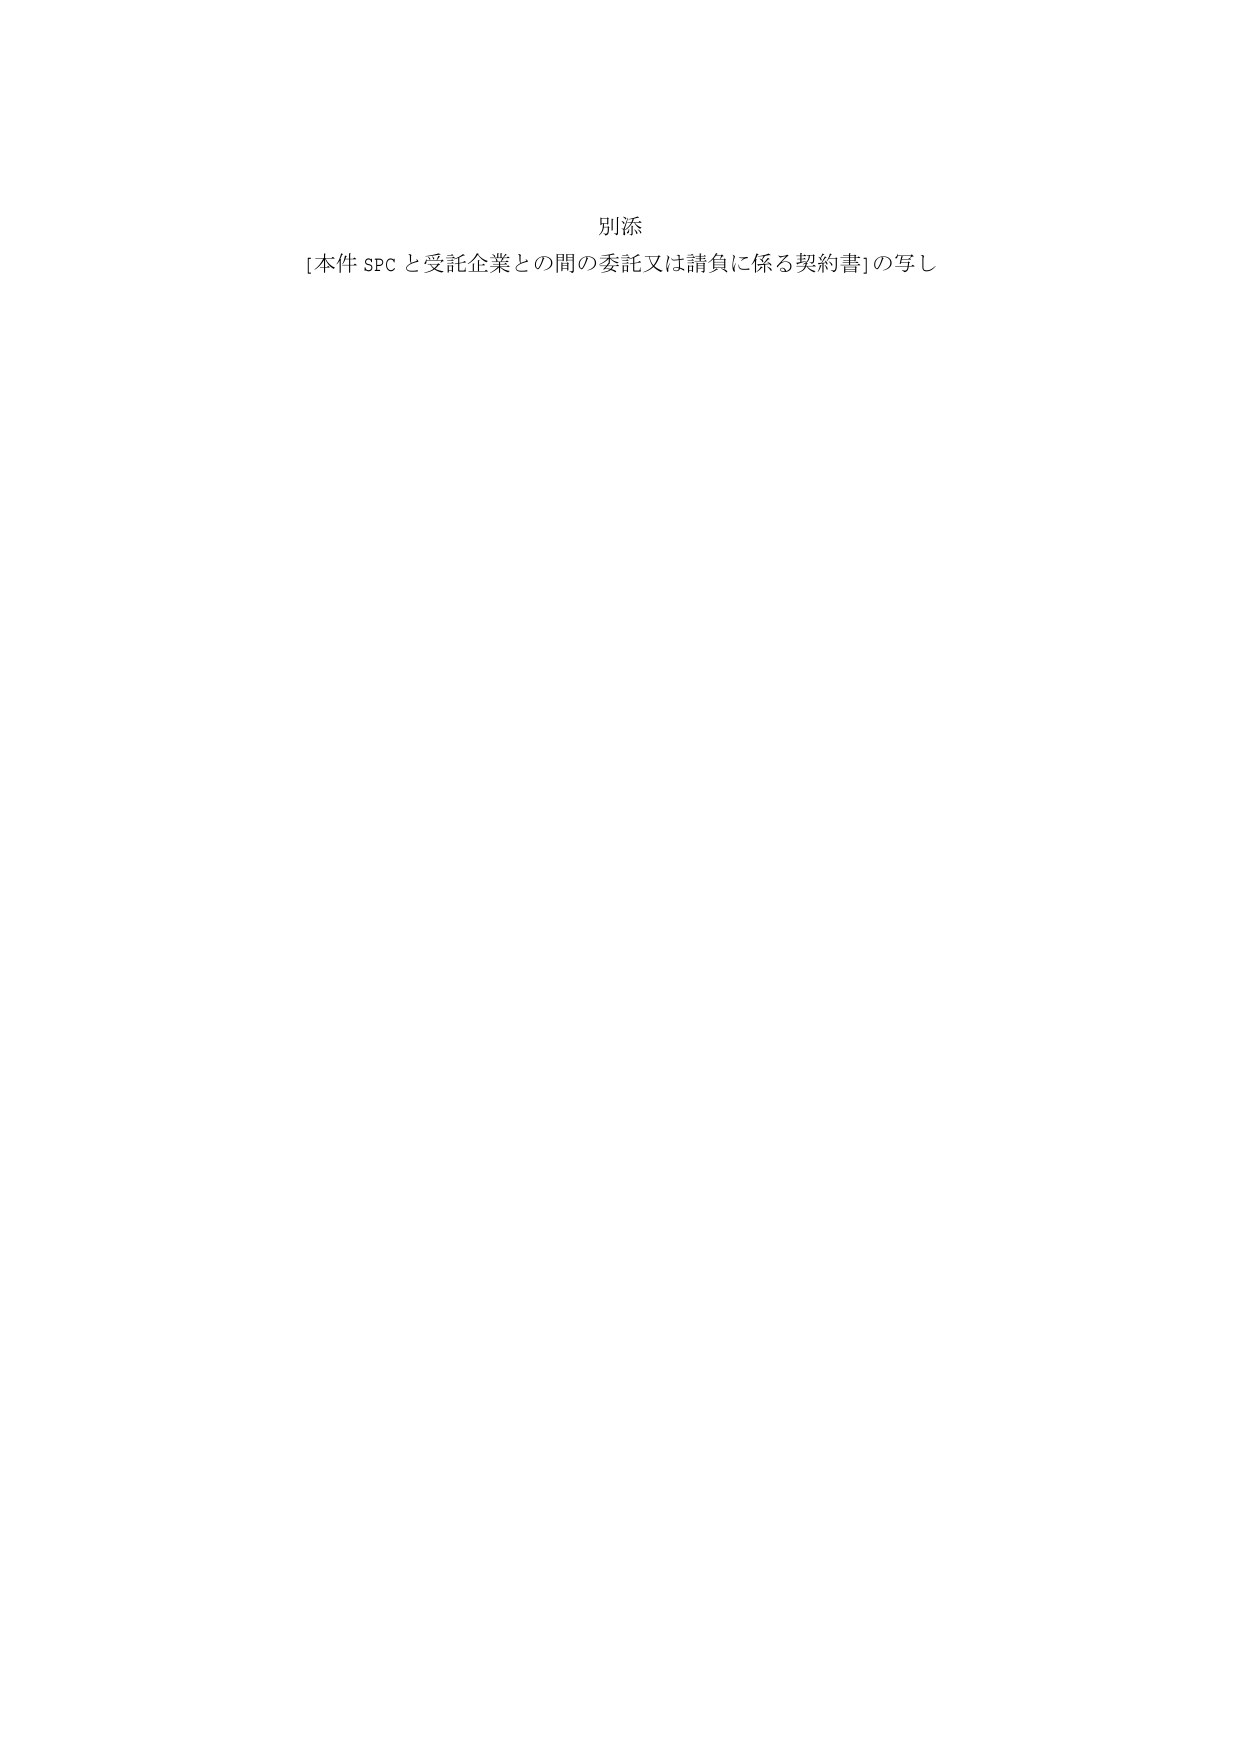
別添
[本件 SPC と受託企業との間の委託又は請負に係る契約書]の写し